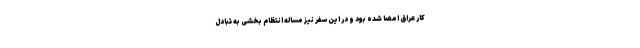
کار عراق امضا شده بود و در این سفر نیز مساله انتظام بخشی به تبادل